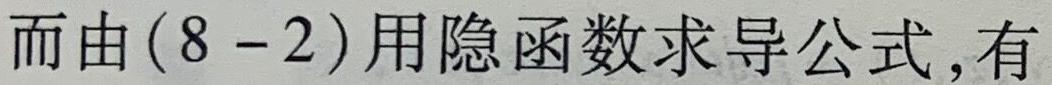
而由$(8 - 2)$用隐函数求导公式,有